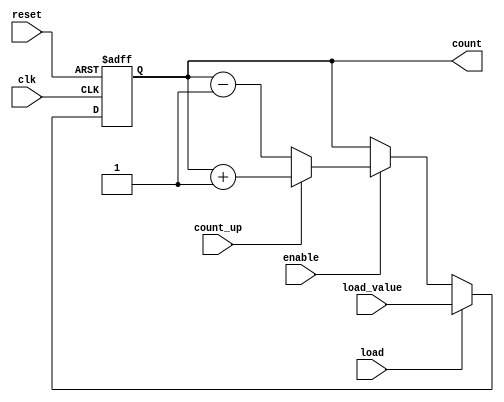
module SyncCounter #(
    parameter WIDTH = 4 // Width of the counter, can be adjusted
) (
    input wire clk,            // Clock input
    input wire reset,          // Asynchronous reset input
    input wire enable,         // Enable input
    input wire count_up,       // Count up control signal
    input wire load,           // Load signal for loading a specific value
    input wire [WIDTH-1:0] load_value, // Value to load into the counter
    output reg [WIDTH-1:0] count // Current count output
);

    // Synchronous process for counter operation
    always @(posedge clk or posedge reset) begin
        if (reset) begin
            // Reset the counter to zero
            count <= 0;
        end else if (load) begin
            // Load the specified value into the counter
            count <= load_value;
        end else if (enable) begin
            // Count Up or Down based on count_up signal
            if (count_up) begin
                count <= count + 1; // Increment the counter
            end else begin
                count <= count - 1; // Decrement the counter
            end
        end
        // If enable is low, hold the current value (no else condition needed)
    end

endmodule